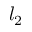
l _ { 2 }